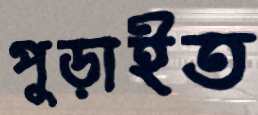
পুড়াইত